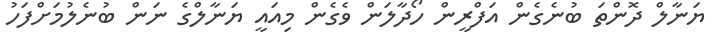
ޔަނާލް ދޮންތަ ބުނެގެން އަފްރީން ހޯދާލަން ވެގެން މިއައީ ޔަނާލްގެ ނަން ބުނެލުމަށްފަހު